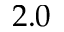
2 . 0